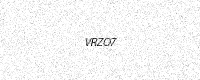
Text: VRZO7